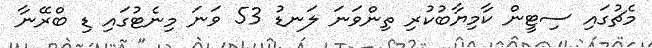
މެޗުގައި ސިޓީން ކާމިޔާބުކުރި ތިންވަނަ ލަނޑު 53 ވަނަ މިނެޓުގައި ޑި ބްރޭނާ